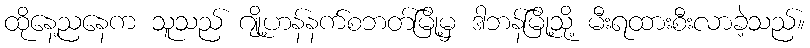
ထိုနေ့ညနေက သူသည် ဂျို့ဟန်နက်စဘတ်မြို့မှ ဒါဘန်မြို့သို့ မီးရထားစီးလာခဲ့သည်။